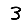
Digit: 3